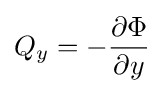
Q_{y}=-{\frac {\partial \Phi }{\partial y}}